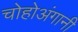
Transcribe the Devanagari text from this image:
चोहोअंगानी